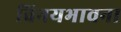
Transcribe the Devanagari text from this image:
विनयभावना